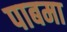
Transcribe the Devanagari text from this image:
पाबमा